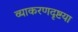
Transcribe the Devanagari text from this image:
व्याकरणदृष्टया